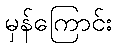
မှန်ကြောင်း